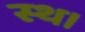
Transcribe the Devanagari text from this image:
स्थ।